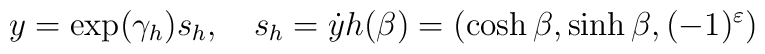
y=\exp(\gamma_h )s_h ,\ \ \  s_h=\dot{y}h(\beta )=(\cosh\beta ,\sinh\beta ,(-1)^\varepsilon )